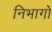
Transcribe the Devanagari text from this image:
निभागों